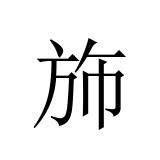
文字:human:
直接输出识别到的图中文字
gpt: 斾